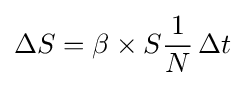
\Delta S=\beta \times S{1 \over N}\,\Delta t